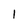
Character: I